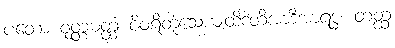
ပတော ဝုတ္တမတ္ထံ ဝိဝရိတုံသေယျထိဒံတိအာဒိအာရဒ္ဓံ။ တတ္ထ